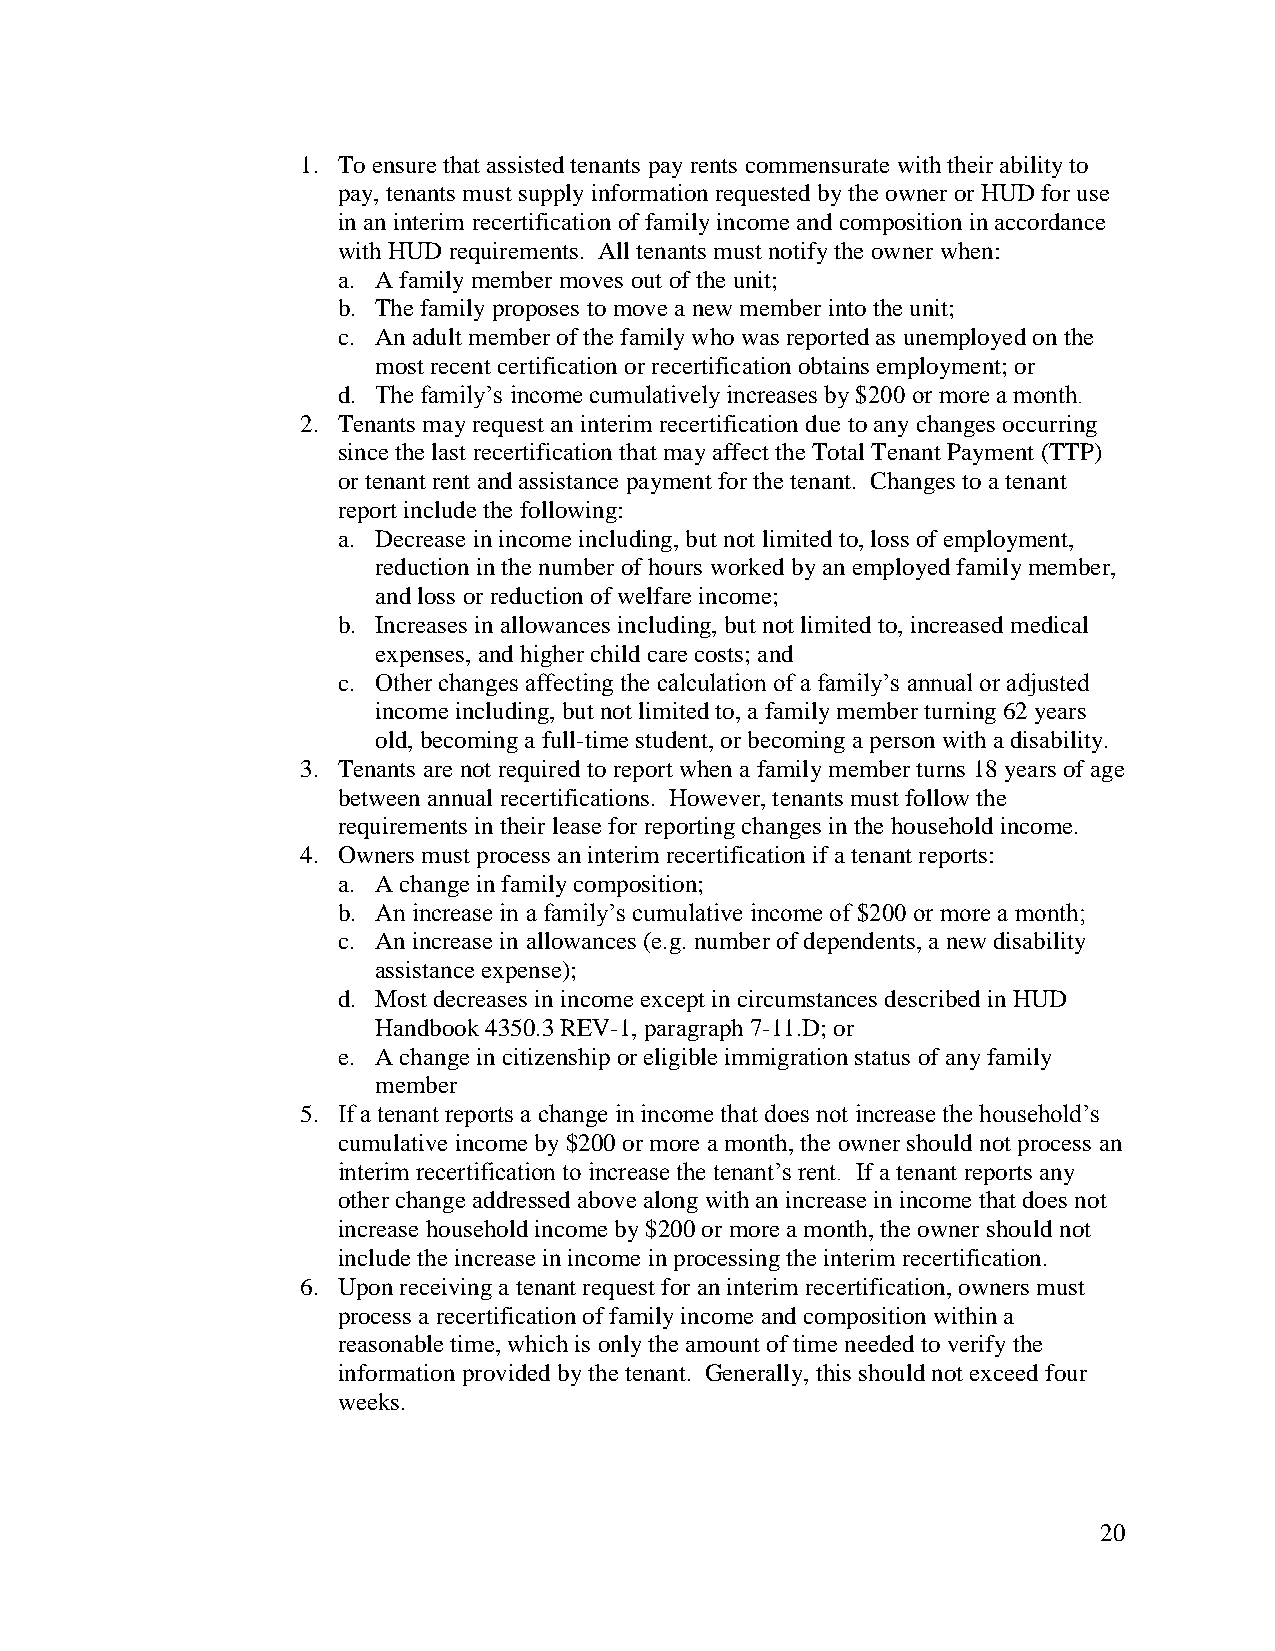
1. To ensure that assisted tenants pay rents commensurate with their ability to
 pay, tenants must supply information requested by the owner or HUD for use
 in an interim recertification of family income and composition in accordance
 with HUD requirements. All tenants must notify the owner when:
 a. A family member moves out of the unit;
 b. The family proposes to move a new member into the unit;
 c. An adult member of the family who was reported as unemployed on the
 most recent certification or recertification obtains employment; or
 d. The family’s income cumulatively increases by $200 or more a month.
 2. Tenants may request an interim recertification due to any changes occurring
 since the last recertification that may affect the Total Tenant Payment (TTP)
 or tenant rent and assistance payment for the tenant. Changes to a tenant
 report include the following:
 a. Decrease in income including, but not limited to, loss of employment,
 reduction in the number of hours worked by an employed family member,
 and loss or reduction of welfare income;
 b. Increases in allowances including, but not limited to, increased medical
 expenses, and higher child care costs; and
 c. Other changes affecting the calculation of a family’s annual or adjusted
 income including, but not limited to, a family member turning 62 years
 old, becoming a full-time student, or becoming a person with a disability.
 3. Tenants are not required to report when a family member turns 18 years of age
 between annual recertifications. However, tenants must follow the
 requirements in their lease for reporting changes in the household income.
 4. Owners must process an interim recertification if a tenant reports:
 a. A change in family composition;
 b. An increase in a family’s cumulative income of $200 or more a month;
 c. An increase in allowances (e.g. number of dependents, a new disability
 assistance expense);
 d. Most decreases in income except in circumstances described in HUD
 Handbook 4350.3 REV-1, paragraph 7-11.D; or
 e. A change in citizenship or eligible immigration status of any family
 member
 5. If a tenant reports a change in income that does not increase the household’s
 cumulative income by $200 or more a month, the owner should not process an
 interim recertification to increase the tenant’s rent. If a tenant reports any
 other change addressed above along with an increase in income that does not
 increase household income by $200 or more a month, the owner should not
 include the increase in income in processing the interim recertification.
 6. Upon receiving a tenant request for an interim recertification, owners must
 process a recertification of family income and composition within a
 reasonable time, which is only the amount of time needed to verify the
 information provided by the tenant. Generally, this should not exceed four
 weeks.
 20